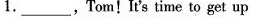
1._,Tom!It's time to get up